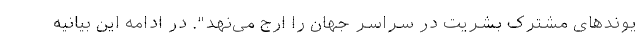
یوند‌های مشترک بشریت در سراسر جهان را ارج می‌نهد". در ادامه این بیانیه